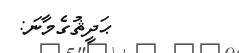
ޙަދީޘުގެމާނަ: